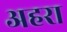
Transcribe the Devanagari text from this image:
अहरा